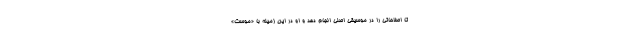
تا اصلاحاتی را در موسیقی اصلی انجام دهد و او در این زمینه با «موست»